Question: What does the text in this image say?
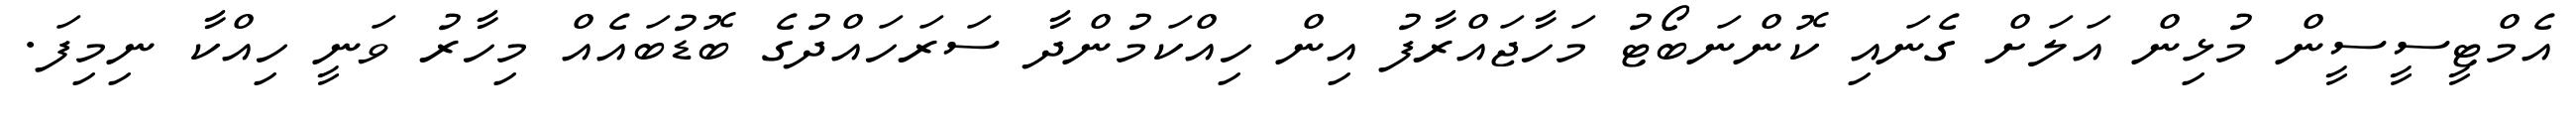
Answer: އެމްޓީސީސީން މުޅިން އަލަށް ގެނައި ކޮންނަބޯޓު މަހާޖައްރާފު އިން ހިއްކަމުންދާ ސަރަހައްދުގެ ބޮޑުބައެއް މިހާރު ވަނީ ހިއްކާ ނިމިފަ.